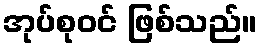
အုပ်စုဝင် ဖြစ်သည်။